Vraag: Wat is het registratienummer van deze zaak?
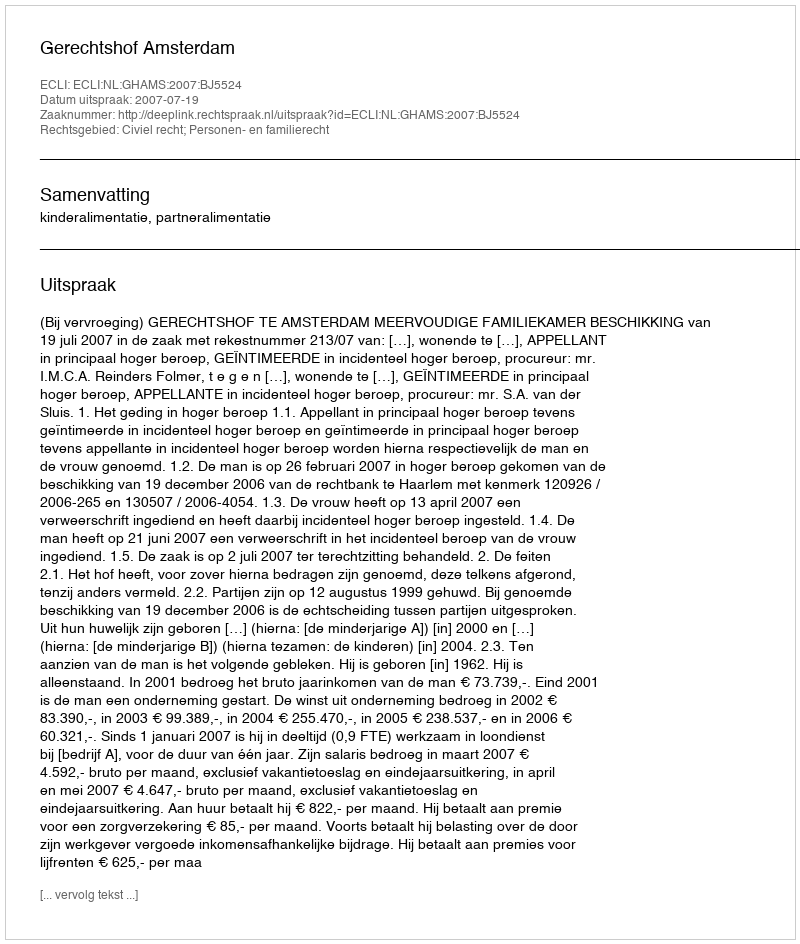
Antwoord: http://deeplink.rechtspraak.nl/uitspraak?id=ECLI:NL:GHAMS:2007:BJ5524